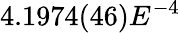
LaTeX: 4.1974(46)E^{-4}